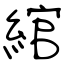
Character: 綰